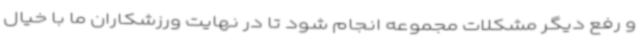
و رفع دیگر مشکلات مجموعه انجام شود تا در نهایت ورزشکاران ما با خیال